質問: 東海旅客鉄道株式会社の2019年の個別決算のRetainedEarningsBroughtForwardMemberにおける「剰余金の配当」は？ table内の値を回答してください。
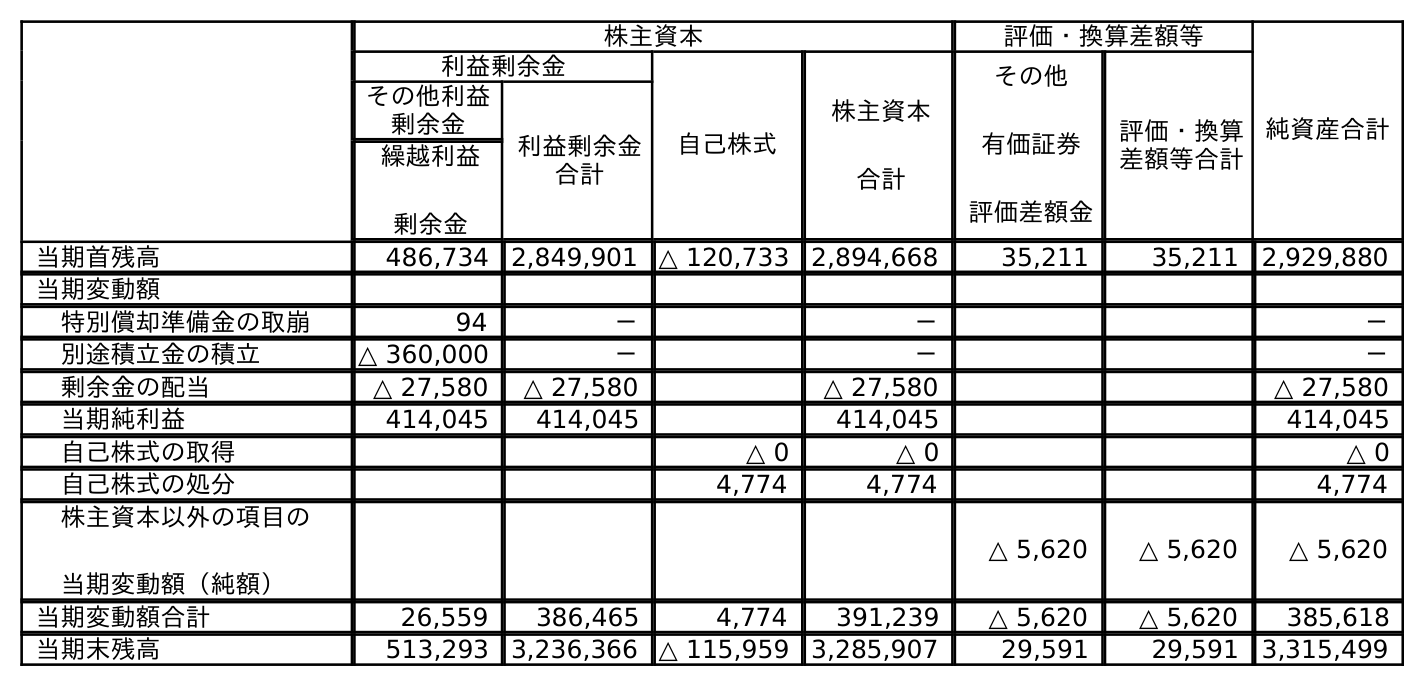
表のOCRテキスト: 株主資本 評価・換算差額等 純資産合計 利益剰余金 自己株式 株主資本 合計 その他 有価証券 評価差額金 評価・換算 差額等合計 その他利益 剰余金 利益剰余金 合計 繰越利益 剰余金 当期首残高 486,734 2,849,901 △ 120,733 2,894,668 35,211 35,211 2,929,880 当期変動額 特別償却準備金の取崩 94 － － － 別途積立金の積立 △ 360,000 － － － 剰余金の配当 △ 27,580 △ 27,580 △ 27,580 △ 27,580 当期純利益 414,045 414,045 414,045 414,045 自己株式の取得 △ 0 △ 0 △ 0 自己株式の処分 4,774 4,774 4,774 株主資本以外の項目の 当期変動額（純額） △ 5,620 △ 5,620 △ 5,620 当期変動額合計 26,559 386,465 4,774 391,239 △ 5,620 △ 5,620 385,618 当期末残高 513,293 3,236,366 △ 115,959 3,285,907 29,591 29,591 3,315,499
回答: △27,580